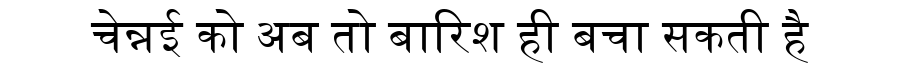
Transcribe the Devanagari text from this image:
चेन्नई को अब तो बारिश ही बचा सकती है